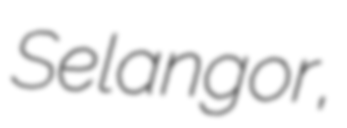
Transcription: Selangor,